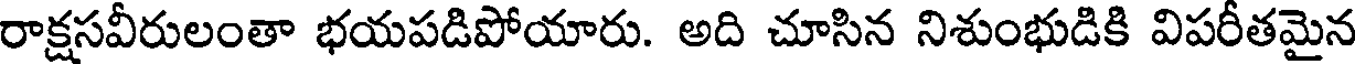
రాక్షసవీరులంతా భయపడిపోయారు. అది చూసిన నిశుంభుడికి విపరీతమైన